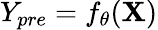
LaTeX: Y_{pre}=f_{\theta}{(\mathbf{X})}